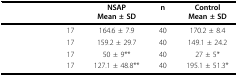
<table><thead><tr><td>[EMPTY_CELL]</td><td>[EMPTY_CELL]</td><td><b>NSAPMean ± SD</b></td><td><b>n</b></td><td><b>ControlMean ± SD</b></td></tr></thead><tbody><tr><td>[EMPTY_CELL]</td><td>17</td><td>164.6 ± 7.9</td><td>40</td><td>170.2 ± 8.4</td></tr><tr><td>[EMPTY_CELL]</td><td>17</td><td>159.2 ± 29.7</td><td>40</td><td>149.1 ± 24.2</td></tr><tr><td>[EMPTY_CELL]</td><td>17</td><td>50 ± 9**</td><td>40</td><td>27 ± 5*</td></tr><tr><td>[EMPTY_CELL]</td><td>17</td><td>127.1 ± 48.8**</td><td>40</td><td>195.1 ± 51.3*</td></tr></tbody></table>